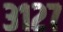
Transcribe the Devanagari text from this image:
३१२७